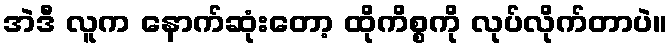
အဲဒီ လူက နောက်ဆုံးတော့ ထိုကိစ္စကို လုပ်လိုက်တာပဲ။